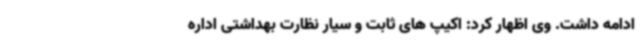
ادامه داشت. وی اظهار کرد: اکیپ های ثابت و سیار نظارت بهداشتی اداره